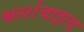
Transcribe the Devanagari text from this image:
श्वार्शचाइल्ड